Document type: Sale
Year: 1355
Scribe: Pere Borrell
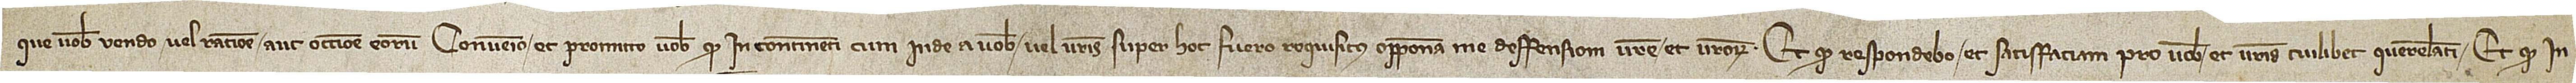
que vobis vendo vel ratione aut occasione eorum, convenio et promitto vobis quod incontinenti cum inde a vobis vel vestris super hoc fuero requisitus opponam me deffensioni vestre et vestrorum; et quod respondebo et satisfaciam pro vobis et vestris cuilibet querelanti; et quod in